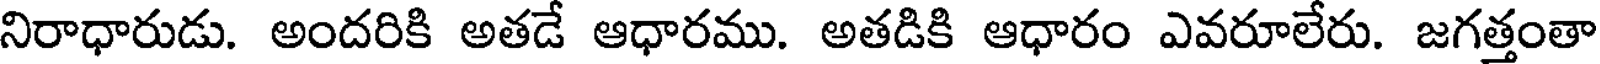
నిరాధారుడు. అందరికి అతడే ఆధారము. అతడికి ఆధారం ఎవరూలేరు. జగత్తంతా